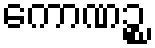
ကောဏဉ္စ